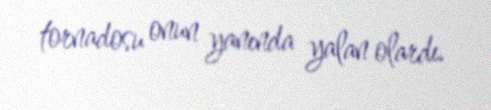
tornadosu onun yanında yalan olardı.